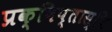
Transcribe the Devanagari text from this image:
प्रक्षिप्तास्थि